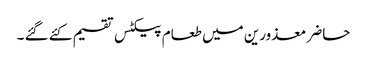
حاضر معذورین میں طعام پیکٹس تقسیم کئے گئے ۔